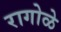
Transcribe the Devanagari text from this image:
रागोळे